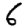
Digit: 6